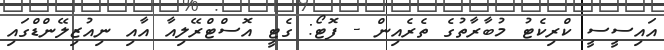
އައިސީސީ ކްރިކެޓު މުބާރާތުގެ ތެރެއިން - ފޮޓޯ: ގެޓީ އޮސްޓްރޭލިއާ އާއި ނިއުޒިލޭންޑްގައި